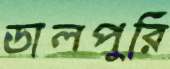
ডালপুরি